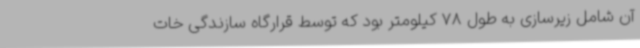
آن شامل زیرسازی به طول 78 کیلومتر بود که توسط قرارگاه سازندگی خات